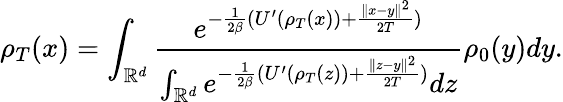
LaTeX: \rho_{T}(x)=\int_{\mathbb{R}^{d}}\frac{e^{-\frac{1}{2\beta}(U^{\prime}(\rho_{T}(x))+\frac{\| x-y\| ^{2}}{2T})}}{\int_{\mathbb{R}^{d}}e^{-\frac{1}{2\beta}(U^{\prime}(\rho_{T}(z))+\frac{\| z-y\| ^{2}}{2T})}dz}\rho_{0}(y)dy.